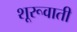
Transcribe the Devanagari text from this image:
शूरूवाती